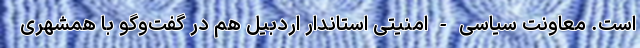
است. معاونت سیاسی - امنیتی استاندار اردبیل هم در گفت‌وگو با همشهری